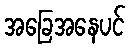
အခြေအနေပင်